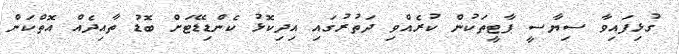
ގުޅިފައިވާ ސިޔާސީ ޕާޓީތަކުން ކުރެއްވި ދަތުރުގައި އިދިކޮޅު ކެންޑިޑޭޓަށް ބޮޑު ތާއިދެއް އޮތްކަން